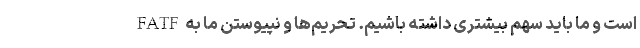
است و ما باید سهم بیشتری داشته باشیم. تحریم‌ها و نپیوستن ما به FATF